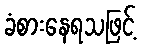
ခံစားနေရသဖြင့်